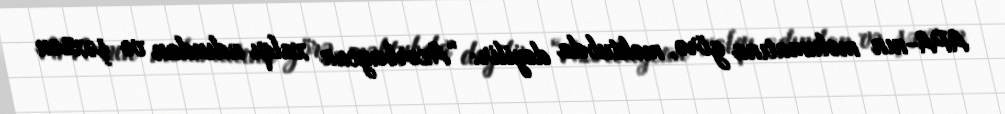
APA-nın məlumatına görə, məktubda deyilir: “Azərbaycan xalqı adından və şəxsən